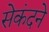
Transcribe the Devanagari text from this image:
सेकंदने